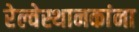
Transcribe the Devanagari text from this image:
रेल्वेस्थानकांना